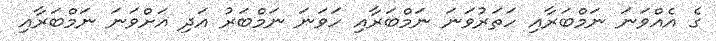
ގެ އެއްވަނަ ނަމްބަރާއި ހަތަރުވަނަ ނަމްބަރާއި ހަވަނަ ނަމްބަރު އަދި އަށްވަނަ ނަމްބަރާއި